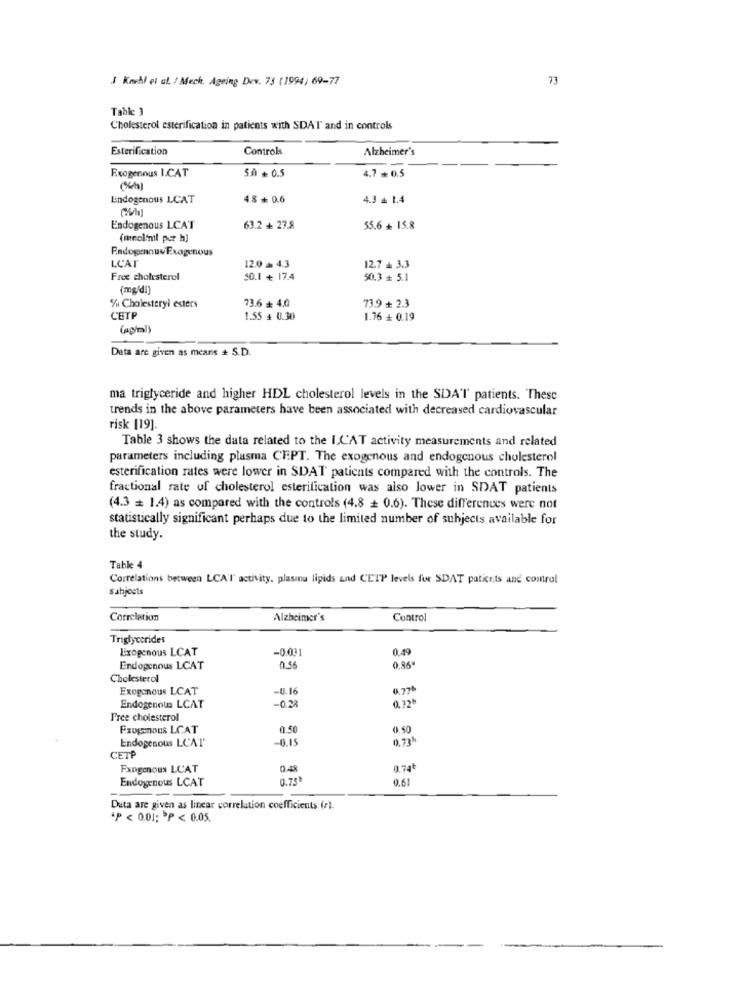
J Knchl et ul. / Mech. Ageing Dev. 73 (1994; 69-77
73
Table 3
Cholesterol esterification in patients with SDAT and in controls
Esterification
Controls
Alzheimer's
4.7+ 0.5
Exogenous I.CAT
5.0+ 0.5
Lindogenous LCAT
4.8+ 0.6
4.3 + 1.4
Endogenous LCAT
63.2 + 27.8
55.6 + 15.8
(mnol'mil pur h)
Endogenous Exogenous
LCAT
12.0 à 4.3
12.7 + 3.3
Free cholesterol
50.1 + 17.4
50.3 + 5.1
(mg'd!]
73.6 + 4.0
73.9 + 2.3
% Cholesteryi esters
CETP
1.55 + 0.30
1.76 + 0.19
(ap/ml)
Data are given as mears + S.D.
ma triglyceride and higher HDL cholesterol levels in the SDA'T patients. These
trends in the above parameters have been associated with decreased cardiovascular
risk [19].
Table 3 shows the data related to the ICAT activity measurements and related
parameters including plasma CT:PT. The exogenous and endogenous cholesterol
esterification rates were lower in SDAT patients compared with the controls. The
fractional rate of cholesterol esterification was also lower in SDAT patients
(4.3 = 1.4) as compared with the controls (4.8 + 0.6). These differences were not
statistically significant perhaps due to the limited number of subjects available for
the study.
Table 4
Correlations between LCAT activity, plasma lipids and CETP levels for SDAT paticets and control
sabjeets
Correlation
Alzheimer's
Control
Triglycerides
Exogenous LCAT
-0.031
0.49
Endogenous LCAT
0.55
Cholesterol
Exogenous LCAT
-U.16
6.77
0.72
Endogenous LCAT
-0.28
Free cholesterol
Fxogmous LCAT
0.50
0.50
Endogenous LCAT
-0.15
0.73
CETP
Fxogenous LCAT
0.48
0.74₺
Endogenous LCAT
0.75
0.61
Duta are given as linear correlation coefficients (r).
"P < 0.01; P < 0.05.